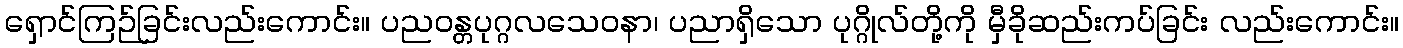
ရှောင်ကြဉ်ခြင်းလည်းကောင်း။ ပညဝန္တပုဂ္ဂလသေဝနာ၊ ပညာရှိသော ပုဂ္ဂိုလ်တို့ကို မှီခိုဆည်းကပ်ခြင်း လည်းကောင်း။